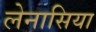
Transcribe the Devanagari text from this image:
लेनासिया